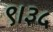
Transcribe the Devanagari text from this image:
९।३५